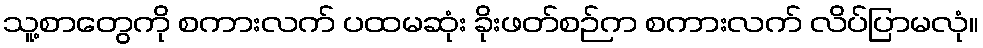
သူ့စာတွေကို စကားလက် ပထမဆုံး ခိုးဖတ်စဉ်က စကားလက် လိပ်ပြာမလုံ။